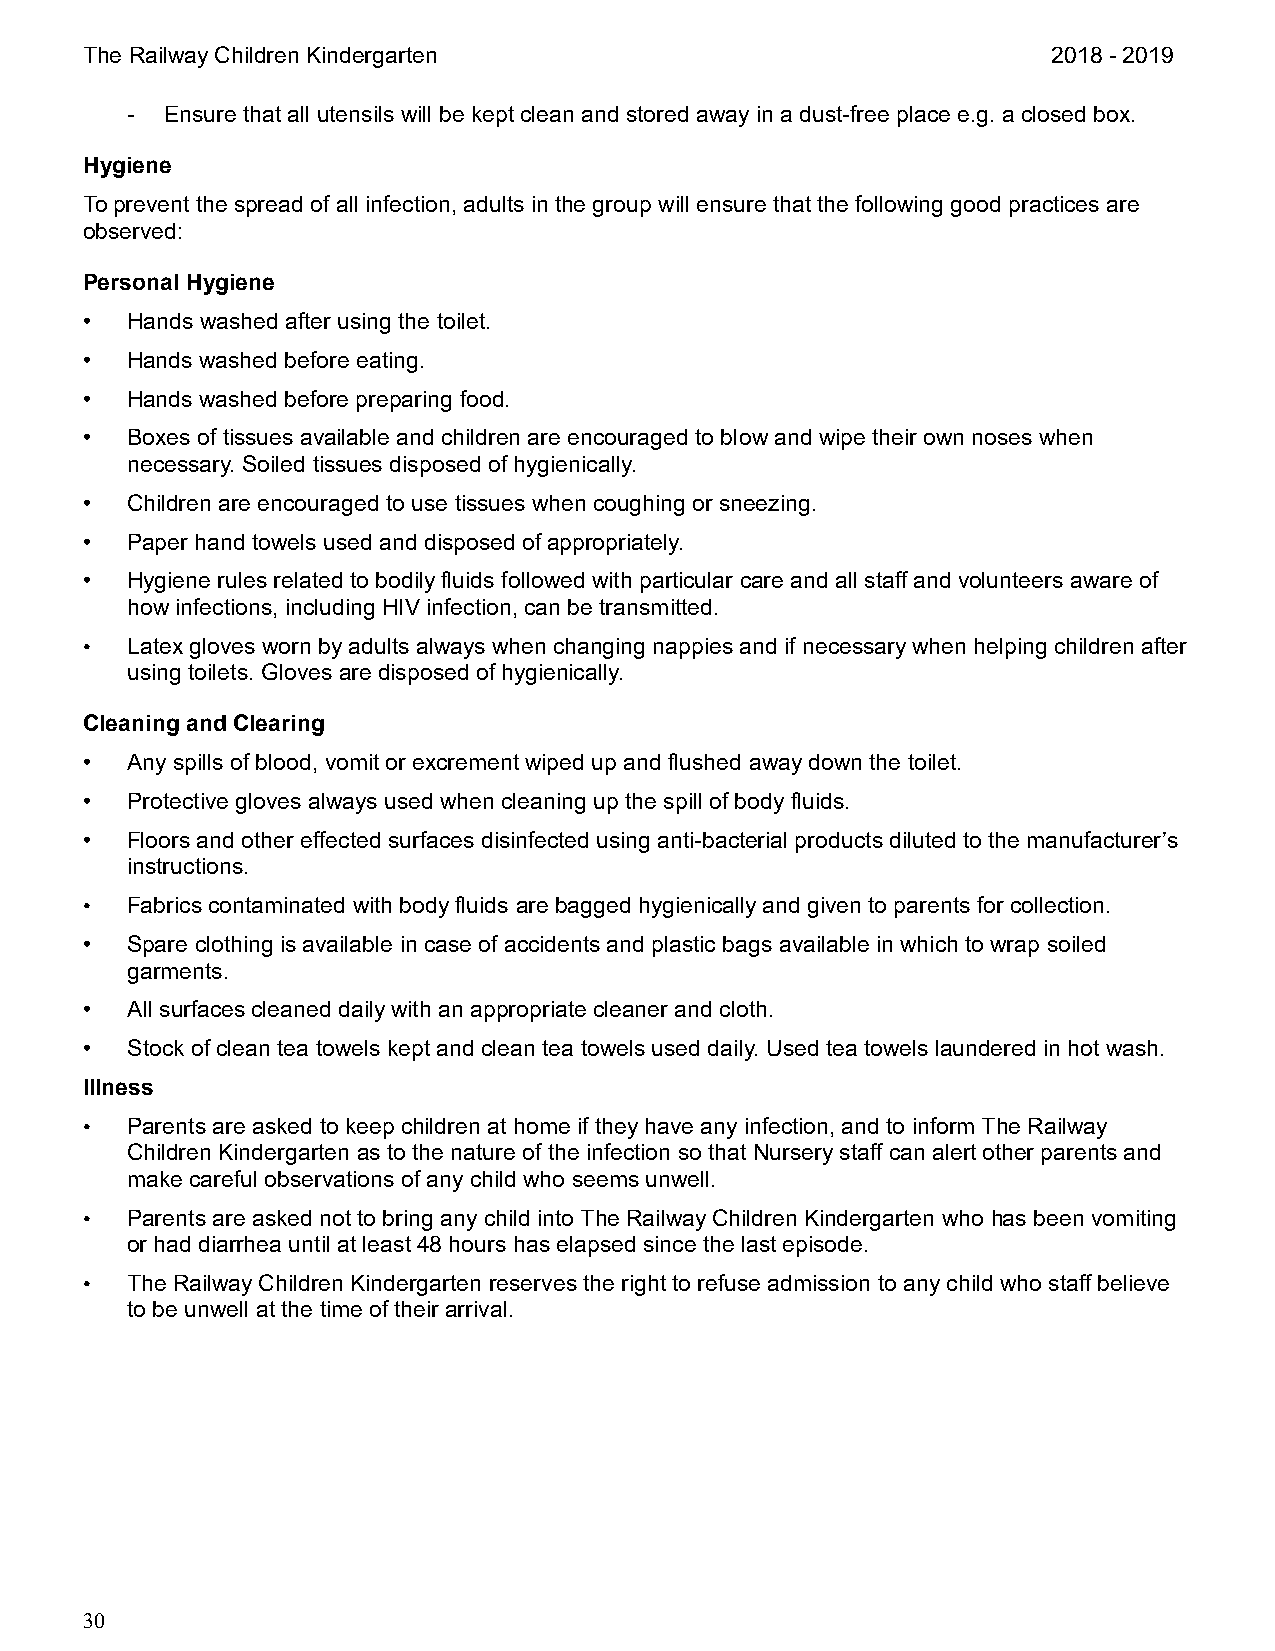
The Railway Children Kindergarten                                2018 - 2019
 -  Ensure that all utensils will be kept clean and stored away in a dust-free place e.g. a closed box.
 Hygiene
 To prevent the spread of all infection, adults in the group will ensure that the following good practices are
 observed:
 Personal Hygiene
 •  Hands washed after using the toilet.
 •  Hands washed before eating.
 •  Hands washed before preparing food.
 •  Boxes of tissues available and children are encouraged to blow and wipe their own noses when
 necessary. Soiled tissues disposed of hygienically.
 •  Children are encouraged to use tissues when coughing or sneezing.
 •  Paper hand towels used and disposed of appropriately.
 •  Hygiene rules related to bodily fluids followed with particular care and all staff and volunteers aware of
 how infections, including HIV infection, can be transmitted.
 •  Latex gloves worn by adults always when changing nappies and if necessary when helping children after
 using toilets. Gloves are disposed of hygienically.
 Cleaning and Clearing
 •  Any spills of blood, vomit or excrement wiped up and flushed away down the toilet.
 •  Protective gloves always used when cleaning up the spill of body fluids.
 •  Floors and other effected surfaces disinfected using anti-bacterial products diluted to the manufacturer’s
 instructions.
 •  Fabrics contaminated with body fluids are bagged hygienically and given to parents for collection.
 •  Spare clothing is available in case of accidents and plastic bags available in which to wrap soiled
 garments.
 •  All surfaces cleaned daily with an appropriate cleaner and cloth.
 •  Stock of clean tea towels kept and clean tea towels used daily. Used tea towels laundered in hot wash.
 Illness
 •  Parents are asked to keep children at home if they have any infection, and to inform The Railway
 Children Kindergarten as to the nature of the infection so that Nursery staff can alert other parents and
 make careful observations of any child who seems unwell.
 •  Parents are asked not to bring any child into The Railway Children Kindergarten who has been vomiting
 or had diarrhea until at least 48 hours has elapsed since the last episode.
 •  The Railway Children Kindergarten reserves the right to refuse admission to any child who staff believe
 to be unwell at the time of their arrival.
 30